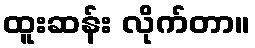
ထူးဆန်း လိုက်တာ။